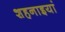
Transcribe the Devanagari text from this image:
शहनाइयां